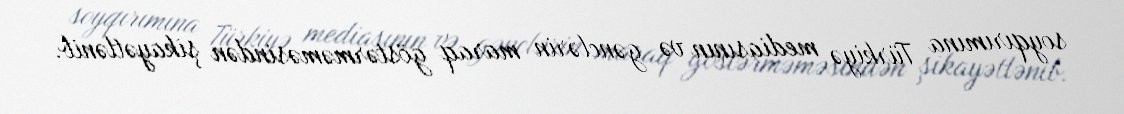
soyqırımına Türkiyə mediasının və gənclərin maraq göstərməməsindən şikayətlənib.